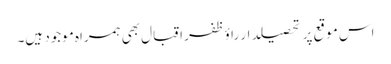
اس موقع پر تحصیلدار راؤظفر اقبال بھی ہمراہ موجود ہیں۔